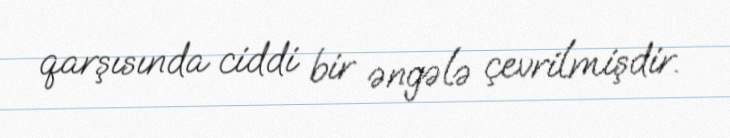
qarşısında ciddi bir əngələ çevrilmişdir.